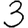
Digit: 3